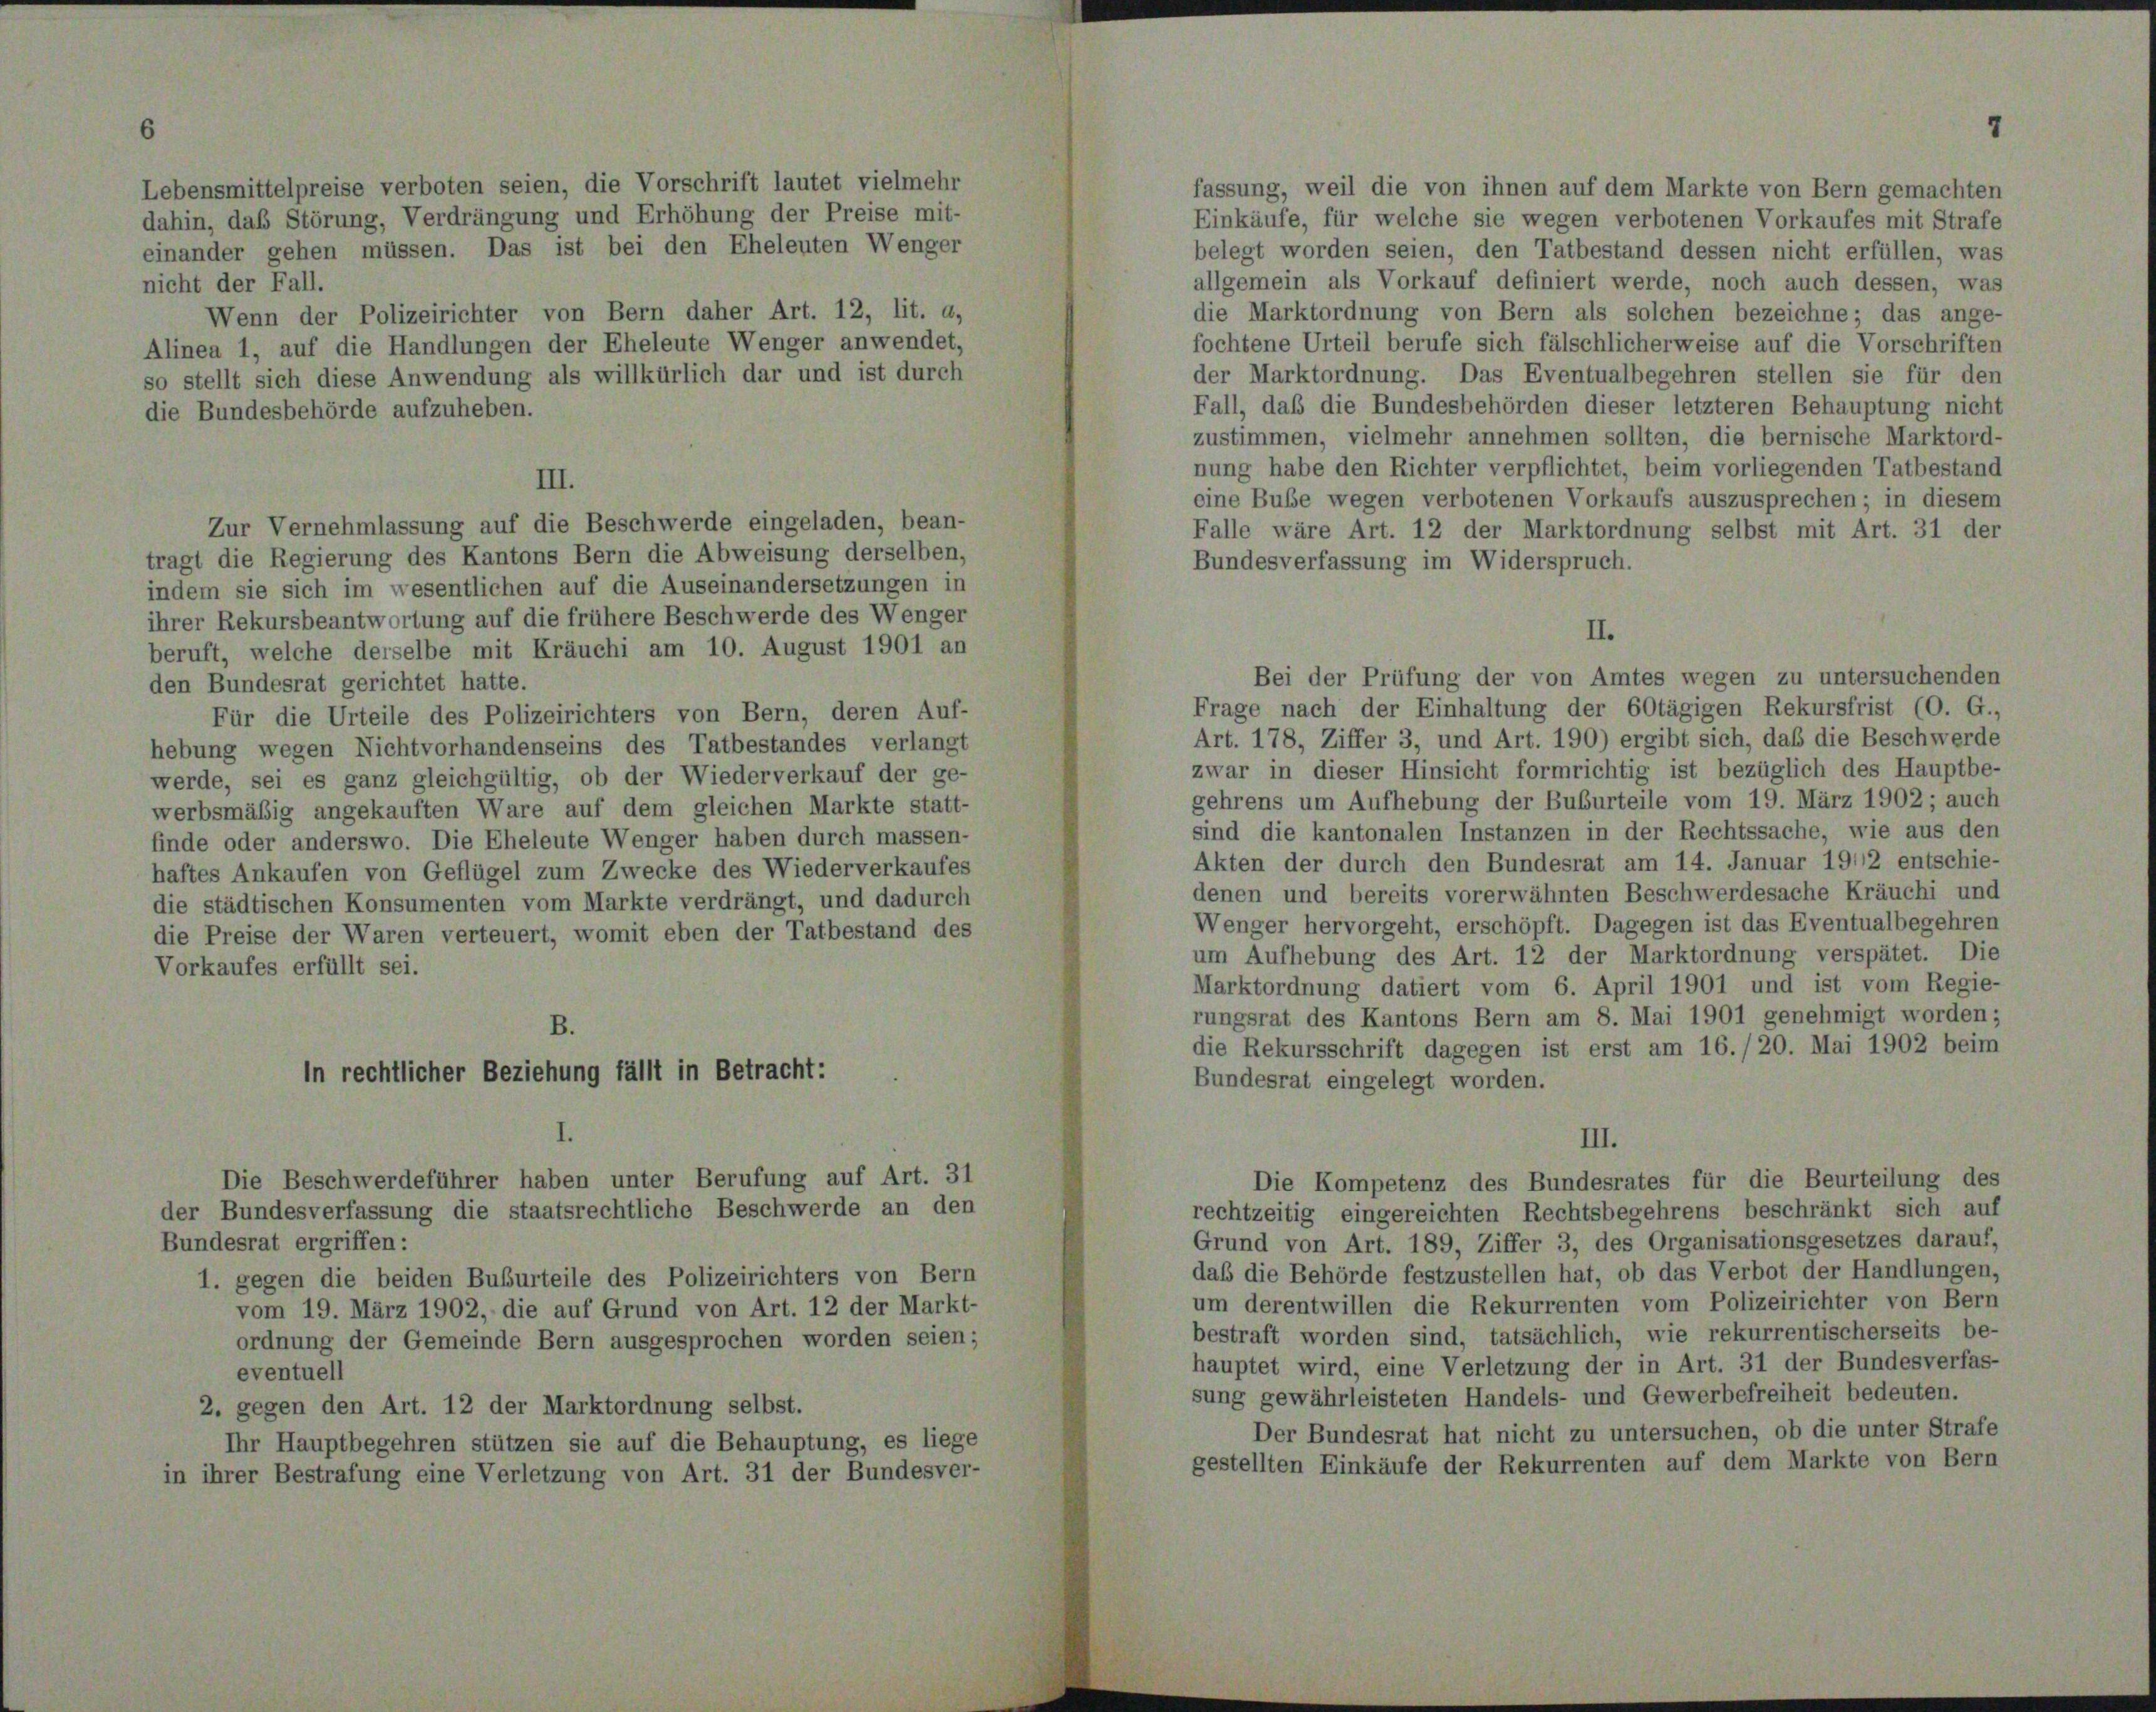
Lebensmittelpreise verboten seien, die Vorschrift lautet vielmehr
dahin, das Störung, Verdrängung und Erhöhung der Preise mit-
einander gehen müssen. Das ist bei den Eheleuten Wenger
nicht der Fall.
Wenn der Polizeirichter von Bern daher Art. 12, lit. a,
Alinea 1, auf die Handlungen der Eheleute Wenger anwendet,
so stellt sich diese Anwendung als willkürlich dar und ist durch
die Bundesbehörde aufzuheben.

fassung, weil die von ihnen auf dem Markte von Bern gemachten
Einkäufe, für welche sie wegen verbotenen Vorkaufes mit Strafe
belegt worden seien, den Tatbestand dessen nicht erfüllen, was
allgemein als Vorkauf definiert werde, noch auch dessen, was
die Marktordnung von Bern als solchen bezeichne; das ange-
fochtene Urteil berufe sich fälschlicherweise auf die Vorschriften
der Marktordnung. Das Eventualbegehren stellen sie für den
Fall, daß die Bundesbehörden dieser letzteren Behauptung nicht
zustimmen, vielmehr annehmen sollten, die bernische Marktord-
nung habe den Richter verpflichtet, beim vorliegenden Tatbestand
III.
eine Buße wegen verbotenen Vorkaufs auszusprechen; in diesem
Zur Vernehmlassung auf die Beschwerde eingeladen, bean-
Falle wäre Art. 12 der Marktordnung selbst mit Art. 31 der
tragt die Regierung des Kantons Bern die Abweisung derselben,
Bundesverfassung im Widerspruch.
indem sie sich im wesentlichen auf die Auseinandersetzungen in
ihrer Rekursbeantwortung auf die frühere Beschwerde des Wenger
beruft, welche derselbe mit Kräuchi am 10. August 1901 an
Bei der Prüfung der von Amtes wegen zu untersuchenden
den Bundesrat gerichtet hatte.
Frage nach der Einhaltung der 60tägigen Rekursfrist (O. G.,
Für die Urteile des Polizeirichters von Bern, deren Auf-
Art. 178, Ziffer 3, und Art. 190) ergibt sich, daß die Beschwerde
hebung wegen Nichtvorhandenseins des Tatbestandes verlangt
zwar in dieser Hinsicht formrichtig ist bezüglich des Hauptbe-
werde, sei es ganz gleichgültig, ob der Wiederverkauf der ge-
gehrens um Aufhebung der Buburteile vom 19. März 1902; auch
werbsmäßig angekauften Ware auf dem gleichen Markte statt-
sind die kantonalen Instanzen in der Rechtssache, wie aus den
finde oder anderswo. Die Eheleute Wenger haben durch massen-
Akten der durch den Bundesrat am 14. Januar 1912 entschie-
haftes Ankaufen von Geflügel zum Zwecke des Wiederverkaufes
denen und bereits vorerwähnten Beschwerdesache Kräuchi und
die städtischen Konsumenten vom Markte verdrängt, und dadurch
Wenger hervorgeht, erschöpft. Dagegen ist das Eventualbegehren
die Preise der Waren verteuert, womit eben der Tatbestand des
um Aufhebung des Art. 12 der Marktordnung verspätet. Die
Vorkaufes erfüllt sei.
Marktordnung datiert vom 6. April 1901 und ist vom Regie-
rungsrat des Kantons Bern am 8. Mai 1901 genehmigt worden;
B.
die Rekursschrift dagegen ist erst am 16./20. Mai 1902 beim
in rechtlicher Beziehung fällt in Betracht:
Bundesrat eingelegt worden.
III.
Die Beschwerdeführer haben unter Berufung auf Art. 31
Die Kompetenz des Bundesrates für die Beurteilung des
der Bundesverfassung die staatsrechtliche Beschwerde an den
rechtzeitig eingereichten Rechtsbegehrens beschränkt sich auf
Grund von Art. 189, Ziffer 3, des Organisationsgesetzes darauf,
Bundesrat ergriffen:
daß die Behörde festzustellen hat, ob das Verbot der Handlungen,
1. gegen die beiden Buburteile des Polizeirichters von Bern
um derentwillen die Rekurrenten vom Polizeirichter von Bern
vom 19. März 1902, die auf Grund von Art. 12 der Markt-
bestraft worden sind, tatsächlich, wie rekurrentischerseits be-
ordnung der Gemeinde Bern ausgesprochen worden seien;
hauptet wird, eine Verletzung der in Art. 31 der Bundesverfas-
eventuell
sung gewährleisteten Handels- und Gewerbefreiheit bedeuten.
2. gegen den Art. 12 der Marktordnung selbst.
Der Bundesrat hat nicht zu untersuchen, ob die unter Strafe
Ihr Hauptbegehren stützen sie auf die Behauptung, es liege
gestellten Einkäufe der Rekurrenten auf dem Markte von Bern
in ihrer Bestrafung eine Verletzung von Art. 31 der Bundesver-

II.